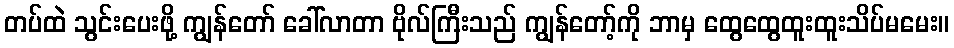
တပ်ထဲ သွင်းပေးဖို့ ကျွန်တော် ခေါ်လာတာ ဗိုလ်ကြီးသည် ကျွန်တော့်ကို ဘာမှ ထွေထွေထူးထူးသိပ်မမေး။